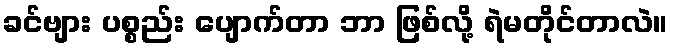
ခင်ဗျား ပစ္စည်း ပျောက်တာ ဘာ ဖြစ်လို့ ရဲမတိုင်တာလဲ။